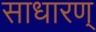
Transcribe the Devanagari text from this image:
साधारण्